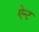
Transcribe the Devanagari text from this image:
ऐन्ट